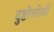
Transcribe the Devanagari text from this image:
दुष्टोत्तरेसी